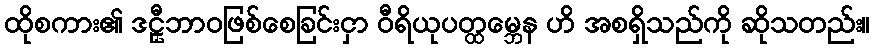
ထိုစကား၏ ဒဠှီဘာဝဖြစ်စေခြင်းငှာ ဝီရိယုပတ္ထမ္ဘေန ဟိ အစရှိသည်ကို ဆိုသတည်း။